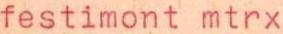
festimont mtrx